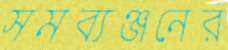
সমব্যঞ্জনের